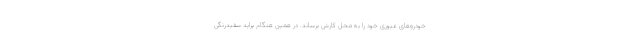
خودروهای عبوری خود را به محل کارش برساند. در همین هنگام پراید سفیدرنگی